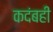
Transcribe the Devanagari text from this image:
कदंबही